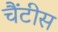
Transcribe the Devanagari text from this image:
चैंटीस